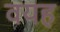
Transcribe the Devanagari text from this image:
वयह